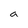
Character: a